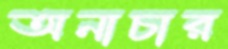
অনাচার